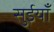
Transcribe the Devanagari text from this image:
सुईयाँ